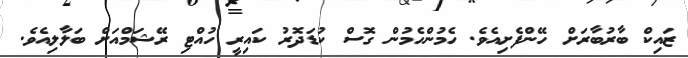
ޒައިކް ބާރުބާރަށް ހޭންފެށިއެވެ. ހެމުންހެމުން ގޮސް ކުޑަދޮރު ކައިރީ ހުއްޓި ރޭޝަމްއަށް ބަލާލިއެވެ.